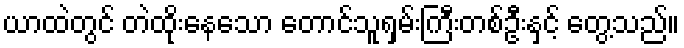
ယာထဲတွင် တဲထိုးနေသော တောင်သူရှမ်းကြီးတစ်ဦးနှင့် တွေ့သည်။